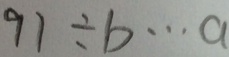
9 7 \div b \cdots a